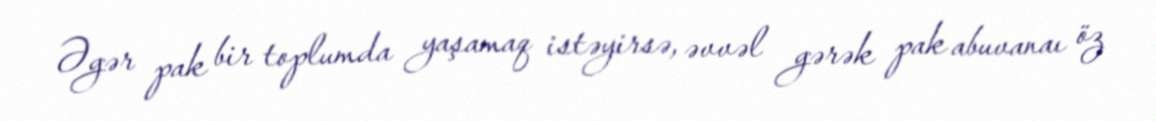
Əgər pak bir toplumda yaşamaq istəyirsə, əvvəl gərək pak abuvanaı öz